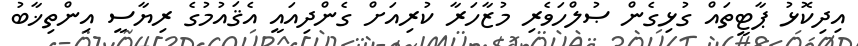
އިދިކޮޅު ޕާޓީތައް ގުޅިގެން ޞުލްހަވެރި މުޒާހަރާ ކުރިއަށް ގެންދިއައީ އެޤައުމުގެ ރިޔާސީ އިންތިޚާބު